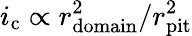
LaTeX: i_{\mathrm{c}}\propto r_{\mathrm{domain}}^{2}/r_{\mathrm{pit}}^{2}